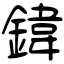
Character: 鍏